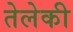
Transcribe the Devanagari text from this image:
तेलेकी